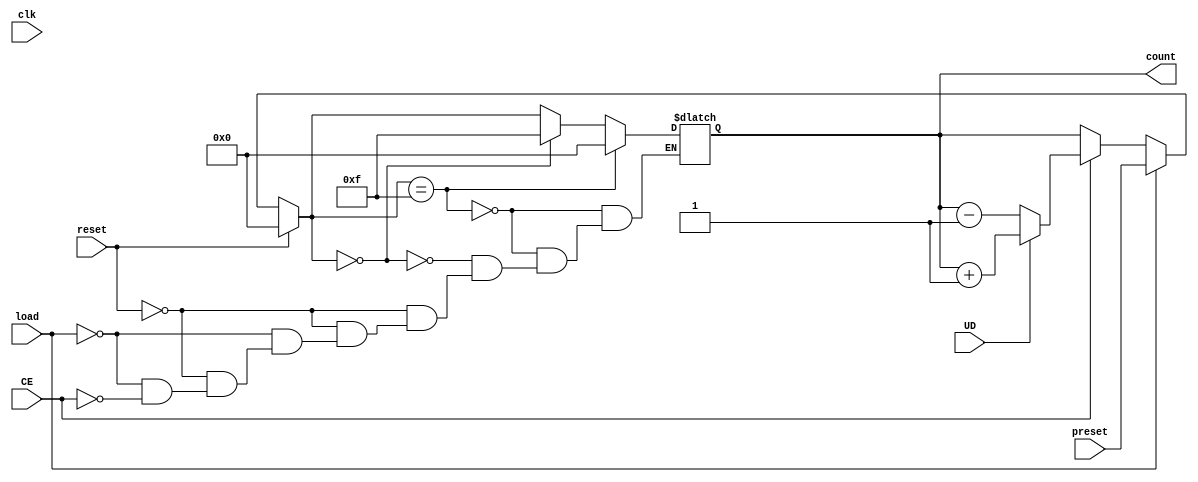
module async_load_counter (
    input wire clk,          // Clock input
    input wire reset,        // Asynchronous reset input
    input wire load,         // Asynchronous load signal
    input wire CE,           // Count enable
    input wire UD,           // Up/Down control
    input wire [3:0] preset, // 4-bit preset value
    output reg [3:0] count   // 4-bit counter output
);

always @(*)
begin
    if (reset) begin
        count = 4'b0000;   // Reset to 0
    end
    else if (load) begin
        count = preset;    // Load the preset value
    end
    else if (CE) begin
        if (UD) begin
            // Count Up
            count = count + 1'b1;
        end else begin
            // Count Down
            count = count - 1'b1;
        end
    end
    // Handle wrap-around conditions
    if (count == 4'b1111) begin
        count = 4'b0000; // Wrap around to 0 if max value is reached
    end else if (count == 4'b0000) begin
        count = 4'b1111; // Wrap around to max value if decrementing from 0
    end
end

endmodule